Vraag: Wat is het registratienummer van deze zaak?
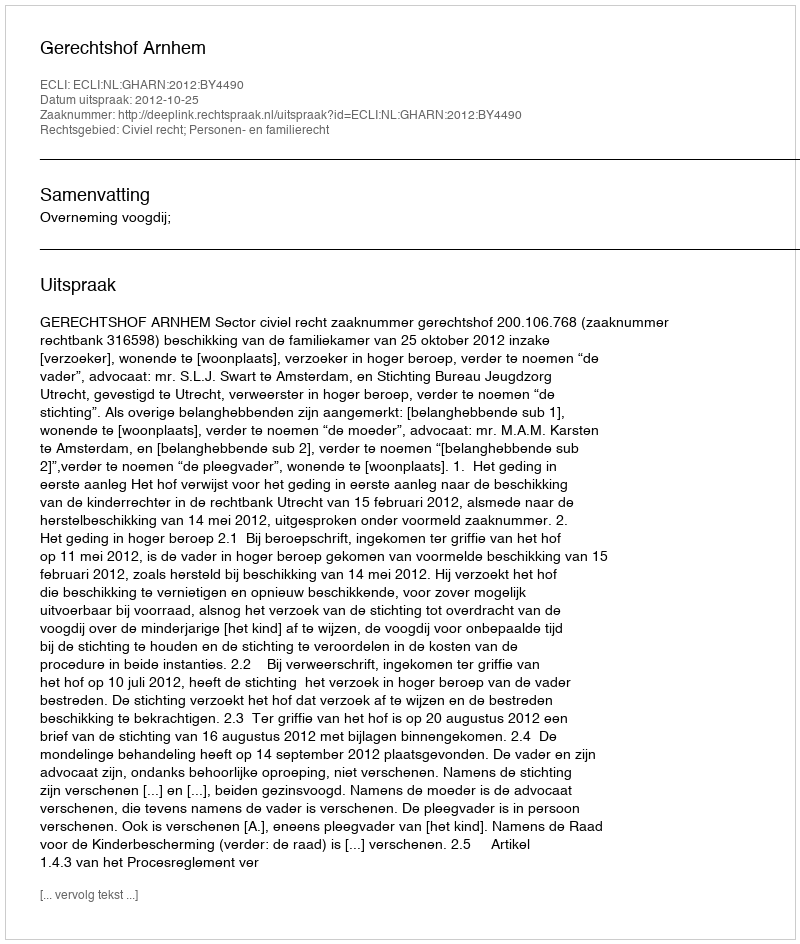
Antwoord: http://deeplink.rechtspraak.nl/uitspraak?id=ECLI:NL:GHARN:2012:BY4490